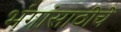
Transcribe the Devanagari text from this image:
भंगांसाठीचे